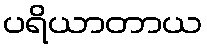
ပရိယာတာယ